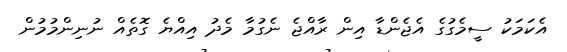
އެކަމަކު ސީމެގުގެ އެޖެންޑާ އިން ރާއްޖެ ނެގުމާ މެދު އިއްޔެ ގޮތެއް ނުނިންމުމުން